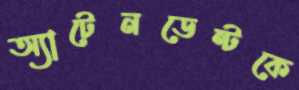
অ্যাটেনডেন্টকে